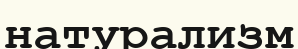
натурализм